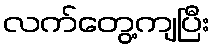
လက်တွေ့ကျပြီး